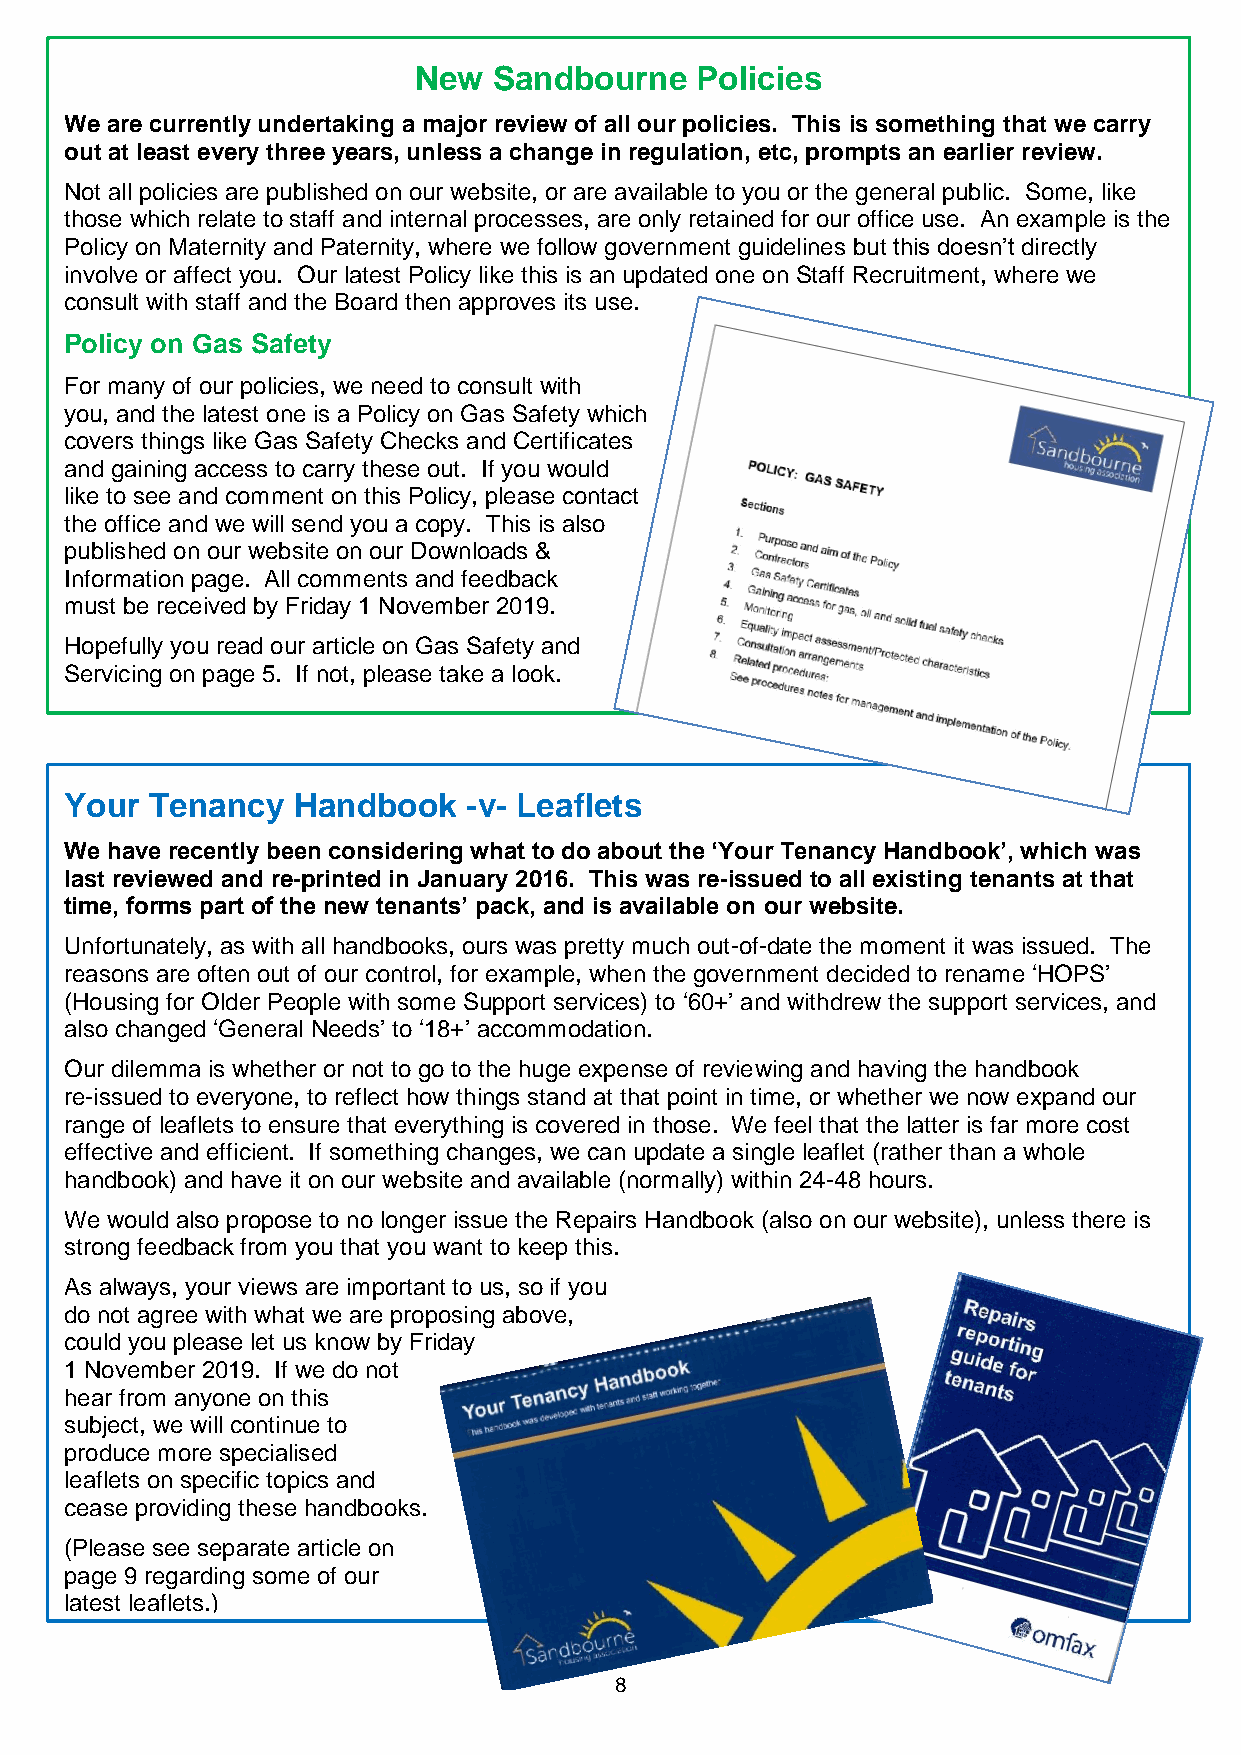
New   Sandbourne   Policies
 We are currently undertaking a major review of all our policies. This is something that we carry
 out at least every three years, unless a change in regulation, etc, prompts an earlier review.
 Not all policies are published on our website, or are available to you or the general public. Some, like
 those which relate to staff and internal processes, are only retained for our office use. An example is the
 Policy on Maternity and Paternity, where we follow government guidelines but this doesn’t directly
 involve or affect you. Our latest Policy like this is an updated one on Staff Recruitment, where we
 consult with staff and the Board then approves its use.
 Policy on Gas Safety
 For many of our policies, we need to consult with
 you, and the latest one is a Policy on Gas Safety which
 covers things like Gas Safety Checks and Certificates
 and gaining access to carry these out. If you would
 like to see and comment on this Policy, please contact
 the office and we will send you a copy. This is also
 published on our website on our Downloads &
 Information page. All comments and feedback
 must be received by Friday 1 November 2019.
 Hopefully you read our article on Gas Safety and
 Servicing on page 5. If not, please take a look.
 Your  Tenancy  Handbook    -v- Leaflets
 We have recently been considering what to do about the ‘Your Tenancy Handbook’, which was
 last reviewed and re-printed in January 2016. This was re-issued to all existing tenants at that
 time, forms part of the new tenants’ pack, and is available on our website.
 Unfortunately, as with all handbooks, ours was pretty much out-of-date the moment it was issued. The
 reasons are often out of our control, for example, when the government decided to rename ‘HOPS’
 (Housing for Older People with some Support services) to ‘60+’ and withdrew the support services, and
 also changed ‘General Needs’ to ‘18+’ accommodation.
 Our dilemma is whether or not to go to the huge expense of reviewing and having the handbook
 re-issued to everyone, to reflect how things stand at that point in time, or whether we now expand our
 range of leaflets to ensure that everything is covered in those. We feel that the latter is far more cost
 effective and efficient. If something changes, we can update a single leaflet (rather than a whole
 handbook) and have it on our website and available (normally) within 24-48 hours.
 We would also propose to no longer issue the Repairs Handbook (also on our website), unless there is
 strong feedback from you that you want to keep this.
 As always, your views are important to us, so if you
 do not agree with what we are proposing above,
 could you please let us know by Friday
 1 November 2019. If we do not
 hear from anyone on this
 subject, we will continue to
 produce more specialised
 leaflets on specific topics and
 cease providing these handbooks.
 (Please see separate article on
 page 9 regarding some of our
 latest leaflets.)
 8